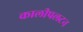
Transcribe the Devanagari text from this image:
कालीपलटन